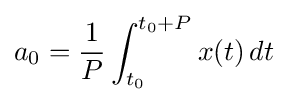
a_{0}={\frac {1}{P}}\int _{t_{0}}^{t_{0}+P}x(t)\,dt\